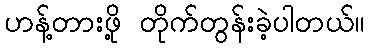
ဟန့်တားဖို့ တိုက်တွန်းခဲ့ပါတယ်။